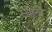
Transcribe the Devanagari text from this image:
स्थानॉ